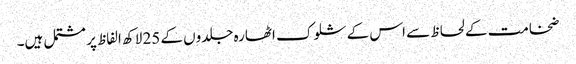
ضخامت کے لحاظ سے اس کے شلوک اٹھارہ جلدوں کے 25 لاکھ الفاظ پر مشتمل ہیں۔